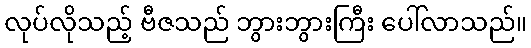
လုပ်လိုသည့် ဗီဇသည် ဘွားဘွားကြီး ပေါ်လာသည်။